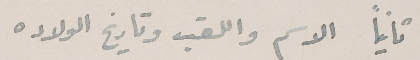
ثانياً الاسم واللقب وتاريخ الولاده